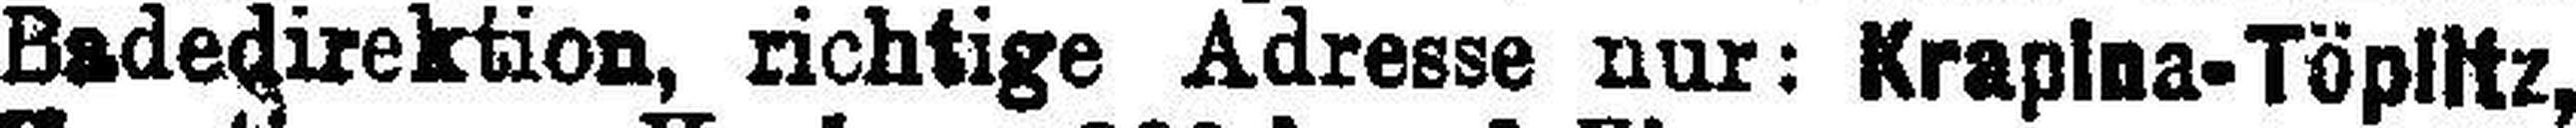
Badedirektion, richtige Adresse nur: Krapina-Töplitz,